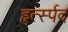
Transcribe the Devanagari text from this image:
हृर्त्स्पद